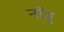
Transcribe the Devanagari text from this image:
नॉबु